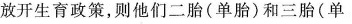
放开生育政策，则他们二胎(单胎)和三胎(单